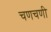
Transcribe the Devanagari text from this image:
चणचणी